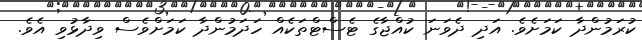
ކުރަމުންދާ ކަމަށެވެ. އަދި ދެވަނަ ކުއްޖާގެ ޓެސްޓްތަކެއް ހަދަމުންދާ ކަމަށްވެސް ވިދާޅުވި އެވެ.